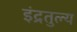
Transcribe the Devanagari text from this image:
इंद्रतुल्य